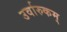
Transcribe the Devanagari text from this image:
उर्वारुकम्